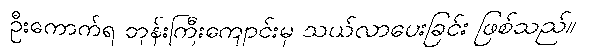
ဦးကောက်ရ ဘုန်းကြီးကျောင်းမှ သယ်လာပေးခြင်း ဖြစ်သည်။